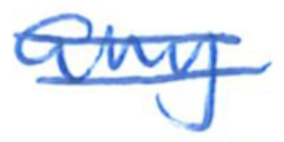
Text: any
Cross-out: double-line
Writing tool: ballpoint